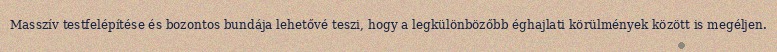
Masszív testfelépítése és bozontos bundája lehetővé teszi, hogy a legkülönbözőbb éghajlati körülmények között is megéljen.